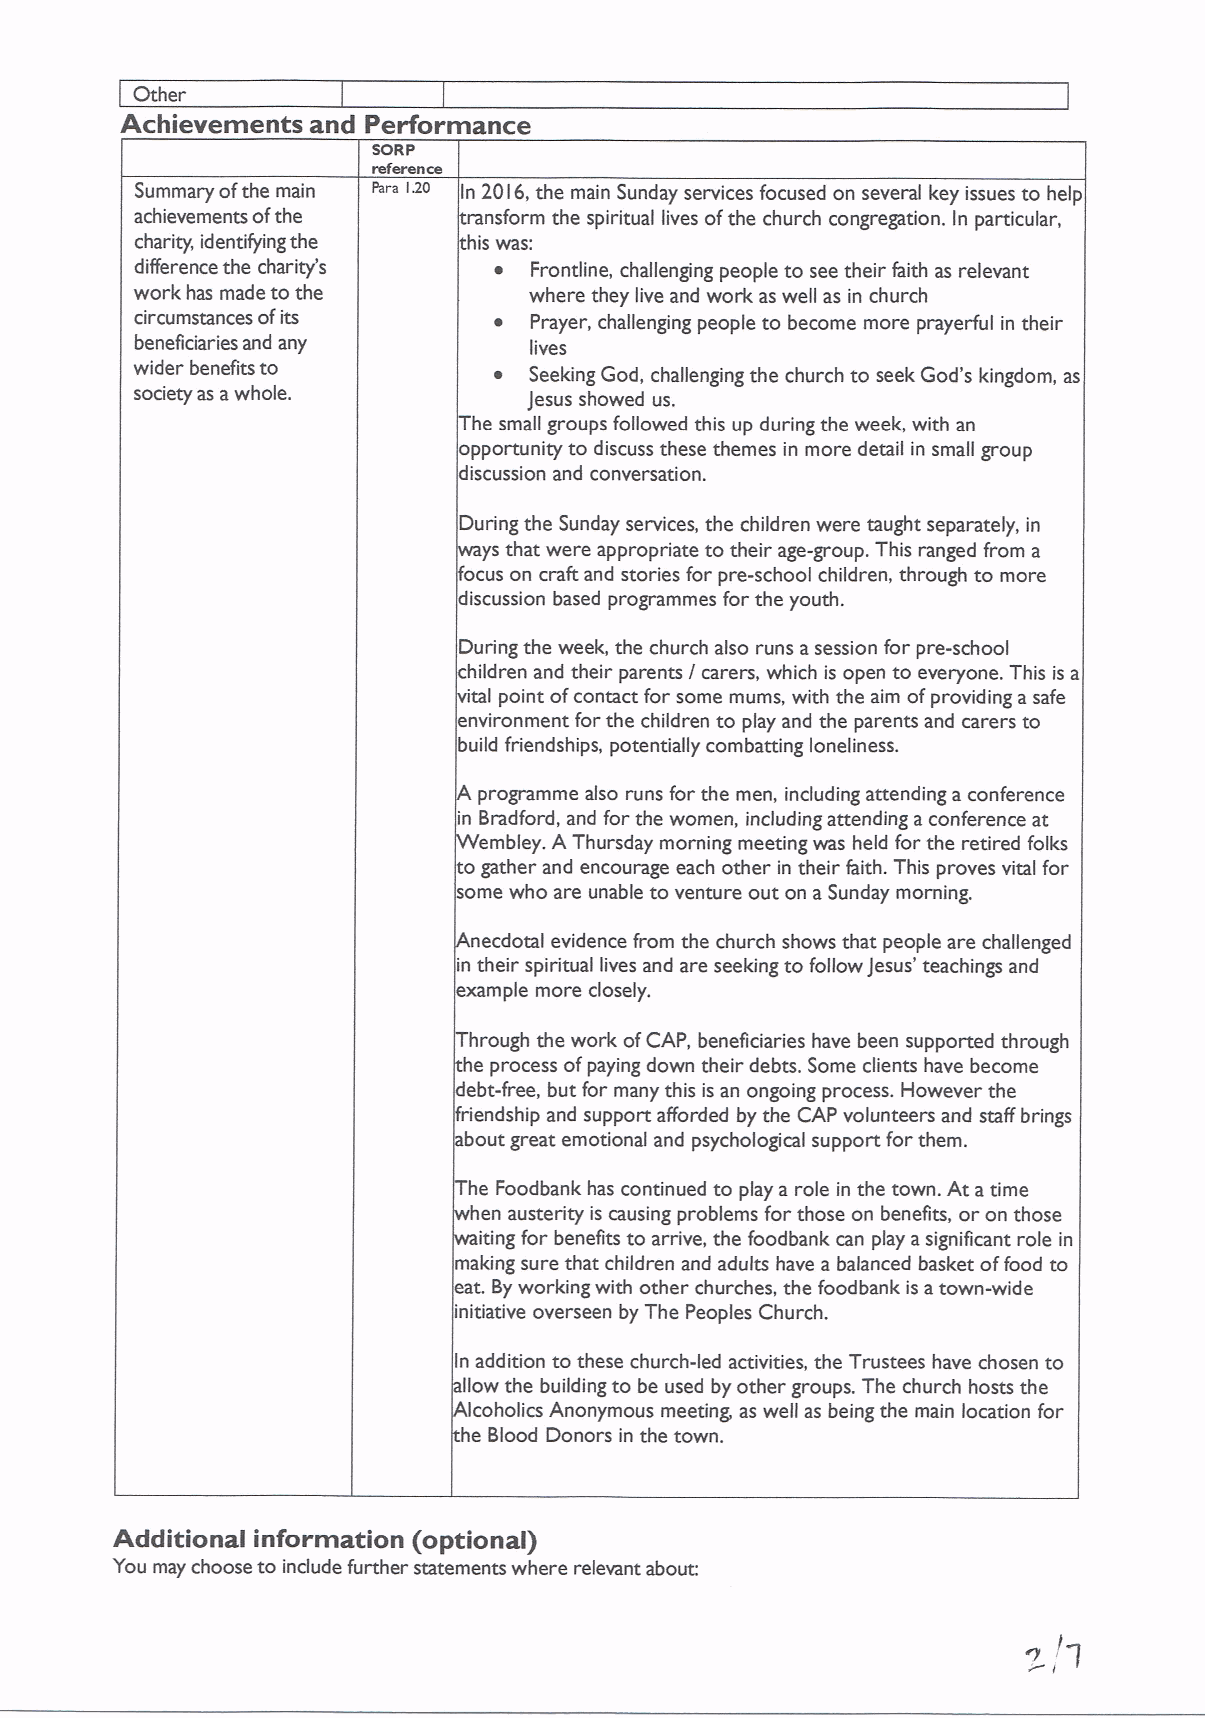
Other
 Achievements and Performance
 SQRp
 reference
 Summary ofthe main Para 120 In 20I6, the main Sunday services focused on several key issues to help
 achievements ofthe    ransform the spiritual lives ofthe church congregation. In particular,
 charity, identifying the his was:
 difference the charity's ~ Frontline, challenN'ng people to see their faith as relevant
 work has made to the      where they live and work as well as in church
 circumstances ofits     ~ Prayer, challenging people to become more prayerful in their
 beneficiaries and any     lives
 wider benefits to       ~ Seeking God, challenging the church to seek God's kingdom, as
 society as awhole.        Jesus showed us.
 he small groups followed this up during the week, with an
 opportunity to discuss these themes in more detail in small group
 discussion and conversation.
 During the Sunday services, the children were taught separately, in
 ys that were appropriate to their age-group. This ranged from a
 ocus on craft and stories for pre-school children, through to more
 discussion based programmes for the youth.
 During the week, the church also runs asession for pre-school
 hildren and their parents / carers, which is open to everyone. This is a
 'tal point ofcontact for some mums, with the aim ofproviding a safe
 environment for the children to play and the parents and carers to
 build friendships, potentially combatting loneliness.
 programme also runs for the men, including attending a conference
 in Bradford, and for the women, including attending a conference at
 embley. A Thursday morning meeting was held for the retired folks
 ogather and encourage each other in their faith. This proves vital for
 some who are unable to venture out on a Sunday morning.
 ecdotal evidence from the church shows that people are challenged
 in their spiritual lives and are seeking to follow Jesus' teachings and
 example more closely.
 hrough the work ofCAP, beneficiaries have been supported through
 he process of paying down their debts. Some clients have become
 debt-free, but for many this is an ongoing process. However the
 riendship and support afforded by the CAP volunteers and staff brings
 bout great emotional and psychological support for them.
 he Foodbank has continued to play a role in the town. At atime
 hen austerity is causing problems for those on benefits, or on those
 iting for benefits to arrive, the foodbank can play asignificant role in
 making sure that children and adults have a balanced basket offood to
 eat. Byworking with other churches, the foodbank is atown-wide
 initiative overseen by The Peoples Church.
 In addition to these church-led activities, the Trustees have chosen to
 liow the building to be used by other groups. The church hosts the
 Icoholics Anonymous meeting, as well as being the main location for
 he Blood Donors in the town.
 Additional information (optional)
 You may choose to indude further statements where relevant about: